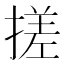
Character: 搓